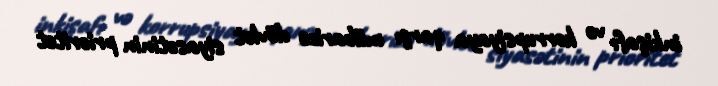
inkişafı və korrupsiyaya qarşı mübarizə dövlət siyasətinin prioritet